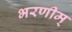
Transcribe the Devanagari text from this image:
भरणीम्